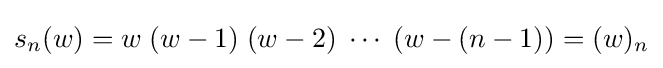
s_{n}(w)=w\;(w-1)\;(w-2)\;\cdots \;(w-(n-1))=(w)_{n}